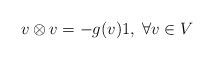
LaTeX: \begin{align*}v\otimes v=-g(v)1,\;\forall v\in V \end{align*}